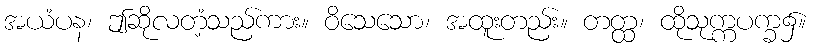
အယံပန၊ ဤဆိုလတံ့သည်ကား။ ဝိသေသော၊ အထူးတည်း။ တတ္ထ၊ ထိုသုက္ကပက္ခ၌။